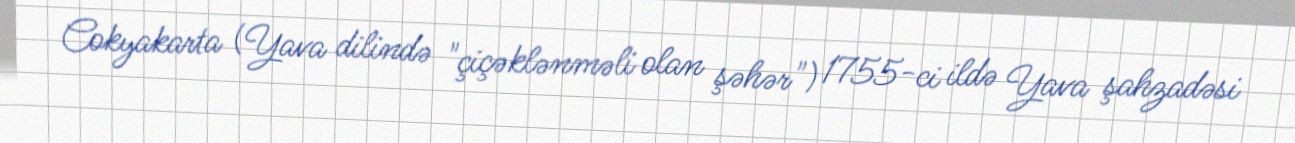
Cokyakarta (Yava dilində "çiçəklənməli olan şəhər") 1755-ci ildə Yava şahzadəsi